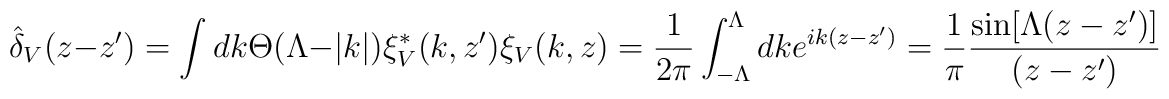
\hat{\delta }_{V}(z-z')=\int dk\Theta (\Lambda -|k|)\xi ^{*}_{V}(k,z')\xi _{V}(k,z)=\frac{1}{2\pi }\int _{-\Lambda }^{\Lambda }dke^{ik(z-z')}=\frac{1}{\pi }\frac{\sin [\Lambda (z-z')]}{(z-z')}